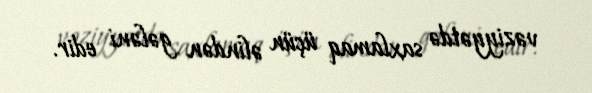
vəziyyətdə saxlamaq üçün əlindən gələni edir.